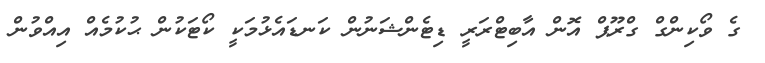
ގެ ވޯކިންގް ގްރޫޕް އޮން އާބިޓްރަރީ ޑިޓެންޝަނުން ކަނޑައެޅުމަކީ ކޯޓަކުން ޙުކުމެއް އިއްވުން